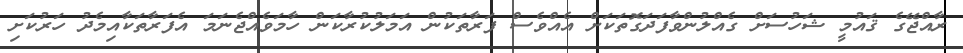
ރާއްޖޭގެ ޤައުމީ ޝަހުސަށް ގެއްލުންވާފަދަގޮތަކަށް އެއްވެސް ފަރާތަކުން އަމަލުކުރާކަން ހާމަވެއްޖެނަމަ އެފަރާތަކާއިމެދު ހަރުކަށި